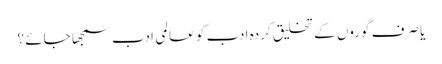
یا صرف گوروں کے تخلیق کردہ ادب کو عالمی ادب سمجھا جائے ؟